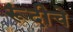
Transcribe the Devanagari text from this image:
रूंदीचे